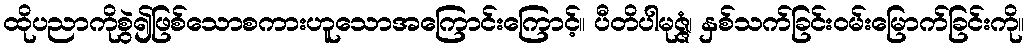
ထိုပညာကိုစွဲ၍ဖြစ်သောစကားဟူသောအကြောင်းကြောင့်။ ပီတိပါမုဇ္ဇံ၊ နှစ်သက်ခြင်းဝမ်းမြောက်ခြင်းကို။